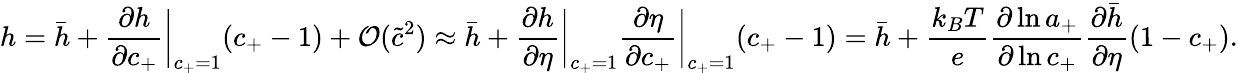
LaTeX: h=\bar{h}+\frac{\partial h}{\partial c_{+}}\bigg|_{c_{+}=1}(c_{+}-1)+\mathcal{O}(\tilde{c}^{2})\approx\bar{h}+\frac{\partial h}{\partial\eta}\bigg|_{c_{+}=1}\frac{\partial\eta}{\partial c_{+}}\bigg|_{c_{+}=1}(c_{+}-1)=\bar{h}+\frac{k_{B}T}{e}\frac{\partial\ln{a_{+}}}{\partial\ln{c_{+}}}\frac{\partial\bar{h}}{\partial\eta}(1-c_{+}).